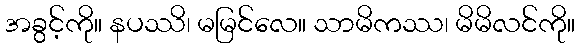
အခွင့်ကို။ နပဿိ၊ မမြင်လေ။ သာမိကဿ၊ မိမိလင်ကို။